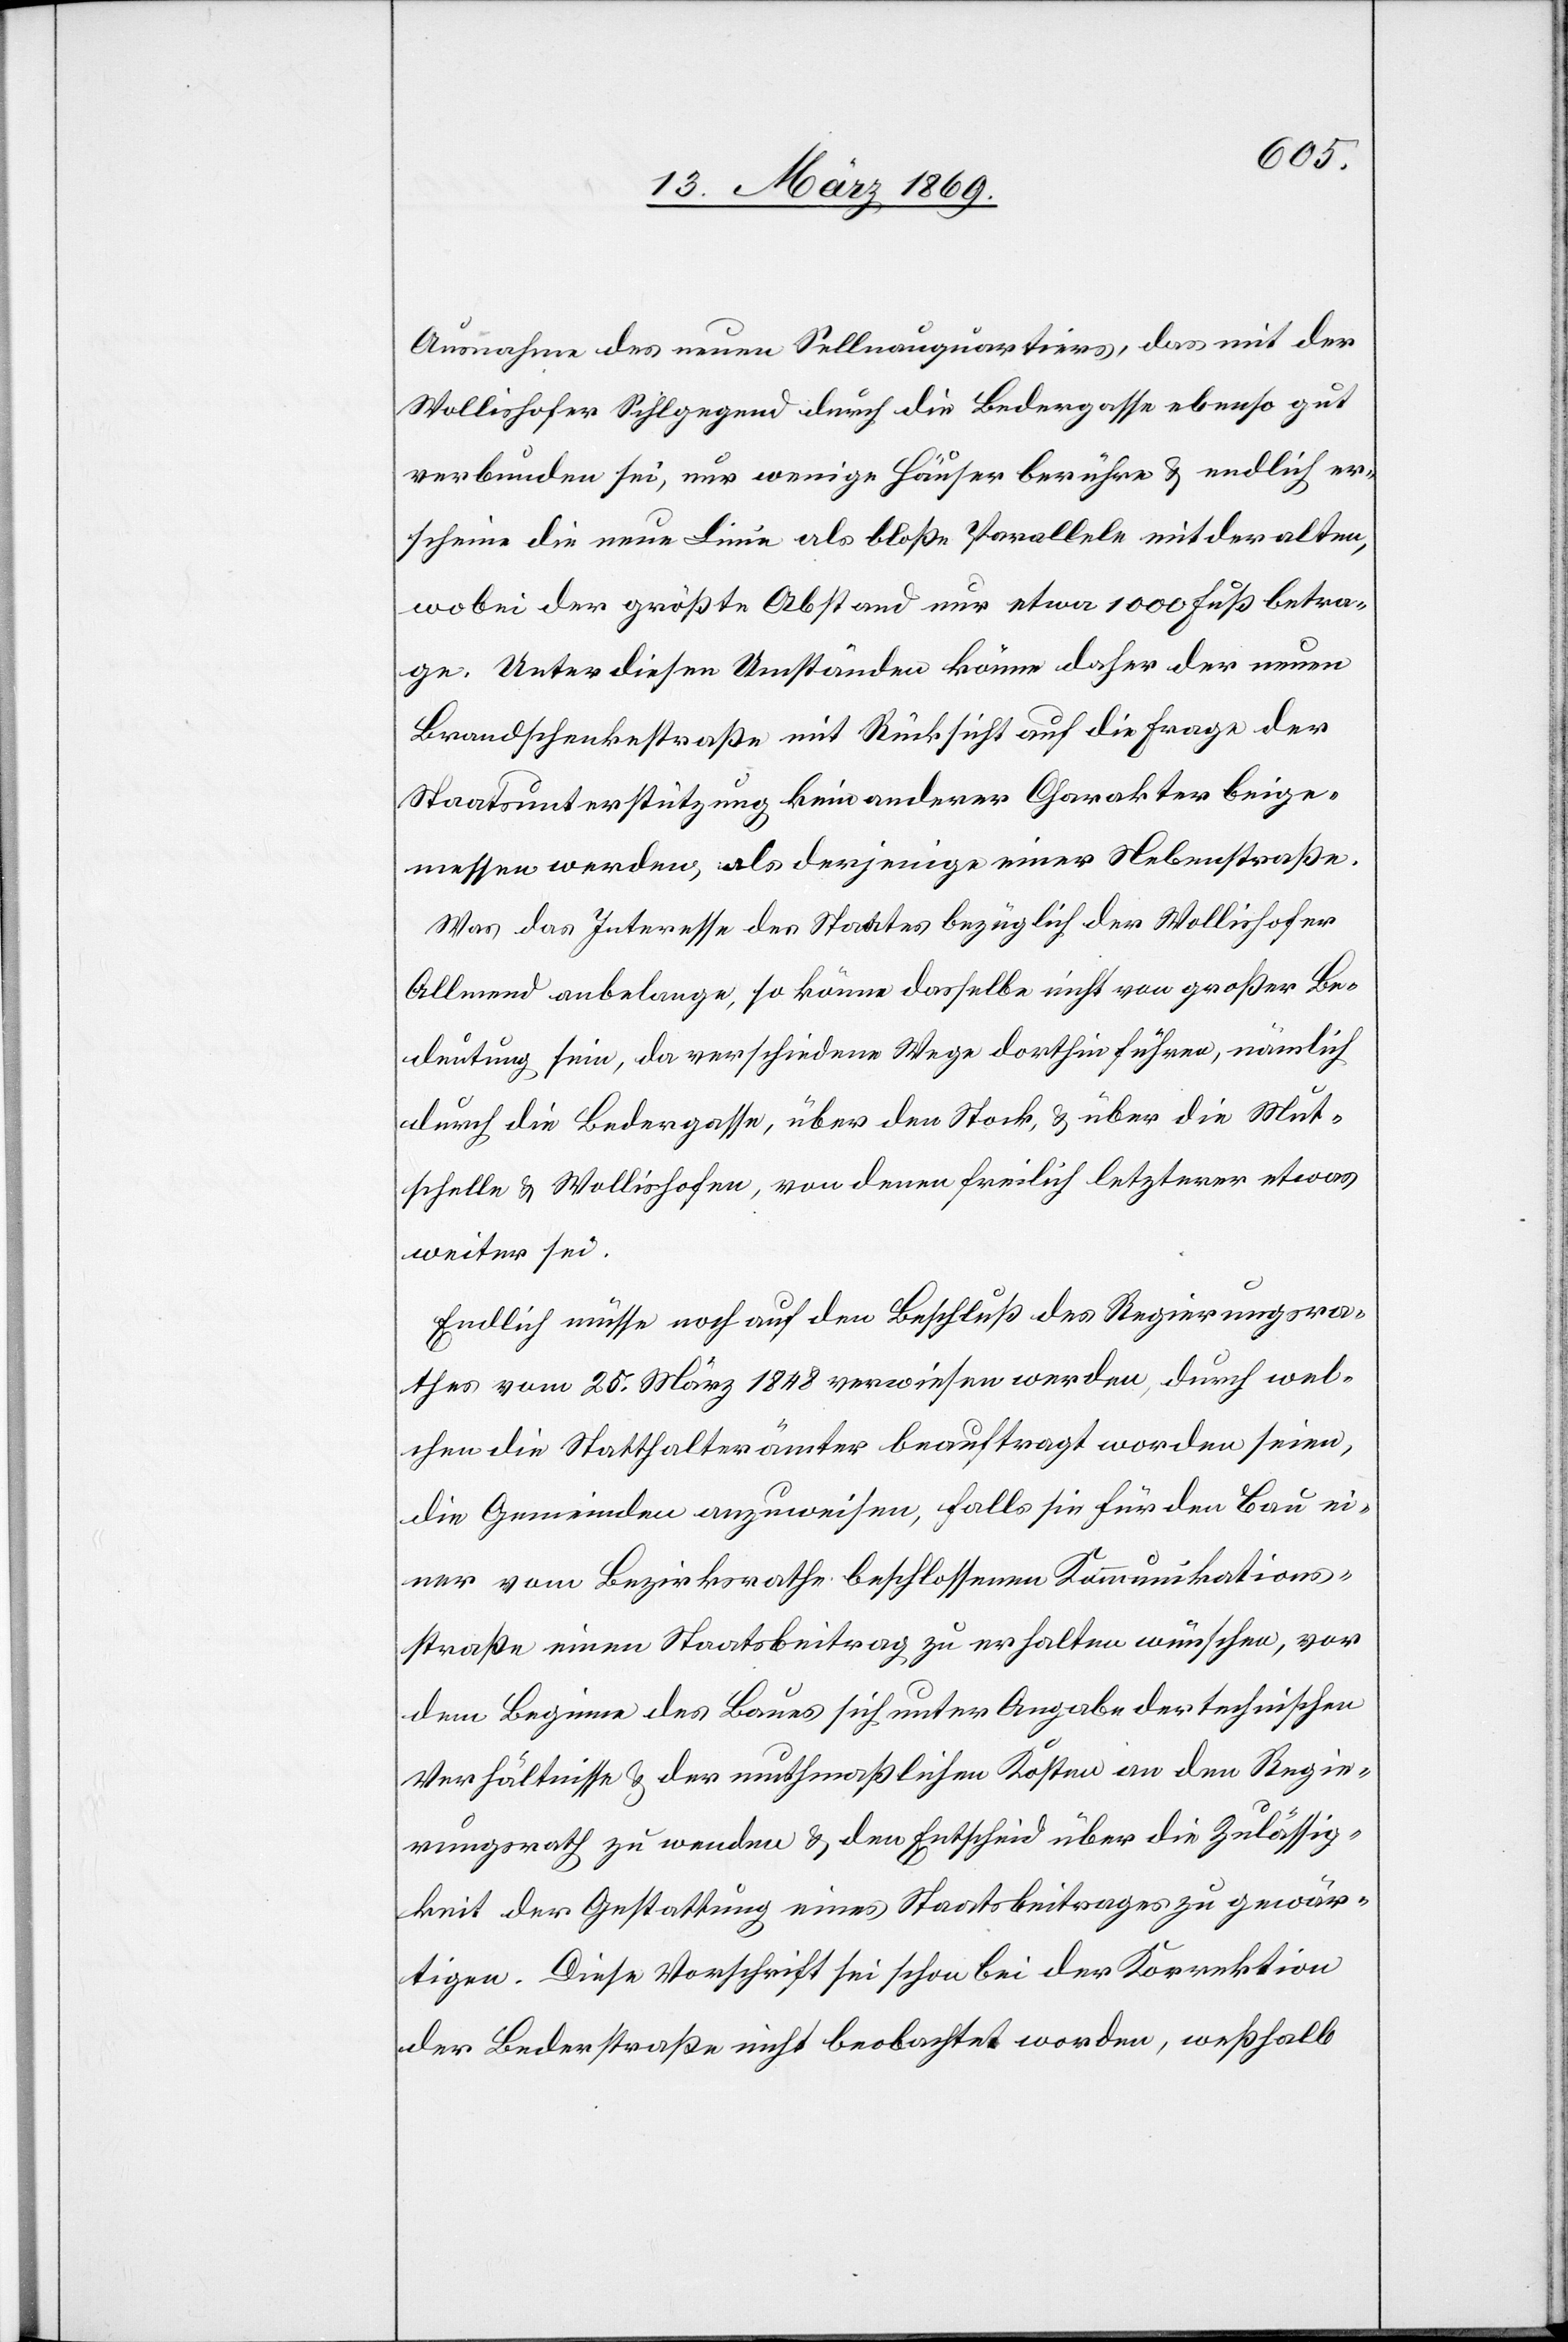
Ausnahme des neuen Sellnauquartiers, das mit der
Wollishofer Sihlgegend durch die Bedergasse ebenso gut
verbunden sei, nur wenige Häuser berühre & endlich er¬
scheine die neue Linie als bloße Parallele mit der alten,
wobei der größte Abstand nur etwa 1000 Fuß betra¬
ge. Unter diesen Umständen könne daher der neuen
Brandschenkstraße mit Rücksicht auf die Frage der
Staatsunterstützung kein anderer Charakter beige¬
messen werden, als derjenige einer Nebenstraße.
Was das Interesse des Staates bezüglich der Wollishofer
Allmend anbelange, so könne dasselbe nicht von großer Be¬
deutung sein, da verschiedene Wege dorthin führen, nämlich
durch die Bedergasse, über den Stock, & über die Mut¬
schelle & Wollishofen, von denen freilich letzterer etwas
weiter sei.
Endlich müsse noch auf den Beschluß des Regierungsra¬
thes vom 25. März 1848 verwiesen werden, durch wel¬
chen die Statthalterämter beauftragt worden seien,
die Gemeinden anzuweisen, falls sie für den Bau ei¬
ner vom Bezirksrathe beschlossenen Kommunikations¬
straße einen Straßenbeitrag zu erhalten wünschen, vor
dem Beginne des Baues sich unter Angabe der technischen
Verhältnisse & der muthmaßlichen Kosten an den Regie¬
rungsrath zu wenden & den Entscheid über die Zulässig¬
keit der Gestattung eines Staatsbeitrages zu gewär¬
tigen. Diese Vorschrift sei schon bei der Korrektion
der Bederstraße nicht beobachtet worden, weßhalb